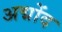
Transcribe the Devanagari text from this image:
अद्मोंद